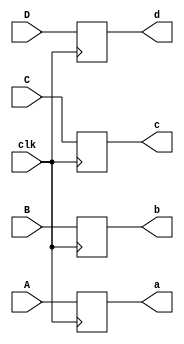
module display_decoder(
    input  wire clk,
   input wire A,
 input wire B,
input wire C,
input wire D,
    output reg a,//1-bit variable register // a, b, c, d, e, f, g are the final outputs.
    output reg b,
    output reg c,
    output reg d,
);

  always @(posedge clk) begin
  
  a=A;
  b=B;
  c=C;
  d=D;
  
       
 end

endmodule